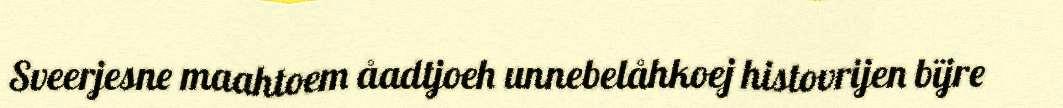
Sveerjesne maahtoem åadtjoeh unnebelåhkoej histovrijen bïjre